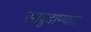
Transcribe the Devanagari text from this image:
साबुदाण्यात